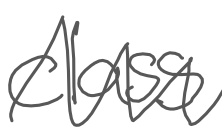
Text: class
Cross-out: zig-zag
Writing tool: digital_gray